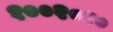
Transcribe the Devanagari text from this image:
१००२०१०